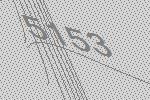
5153